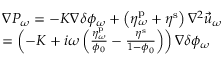
\begin{array} { r l } & { \nabla P _ { \omega } = - K \nabla \delta \phi _ { \omega } + \left( \eta _ { \omega } ^ { \mathrm { p } } + \eta ^ { \mathrm { s } } \right) \nabla ^ { 2 } \vec { u } _ { \omega } } \\ & { = \left( - K + i \omega \left( \frac { \eta _ { \omega } ^ { \mathrm { p } } } { \phi _ { 0 } } - \frac { \eta ^ { \mathrm { s } } } { 1 - \phi _ { 0 } } \right) \right) \nabla \delta \phi _ { \omega } } \end{array}